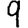
Digit: 9